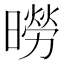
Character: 𪱌